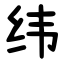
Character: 纬